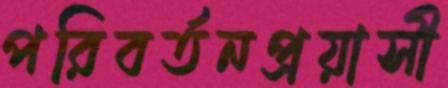
পরিবর্তনপ্রয়াসী